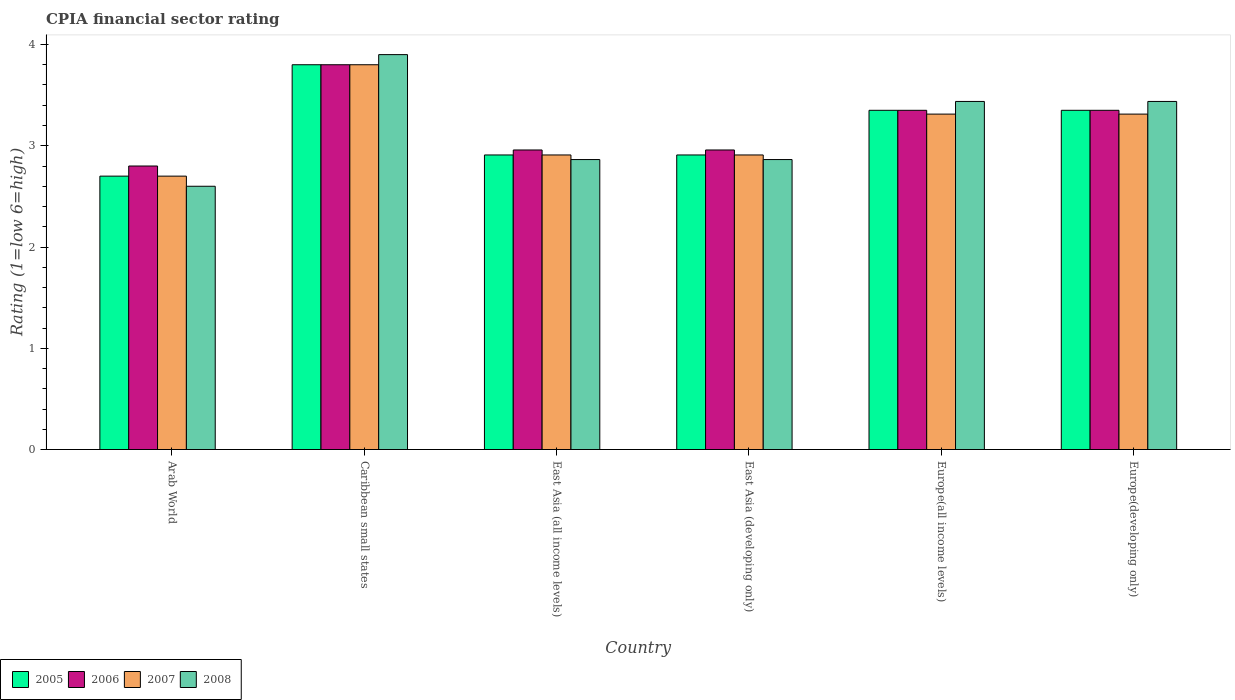
| Country | 2005 | 2006 | 2007 | 2008 |
 | --- | --- | --- | --- | --- |
 | Arab World | 2.7 | 2.8 | 2.7 | 2.6 |
 | Caribbean small states | 3.8 | 3.8 | 3.8 | 3.9 |
 | East Asia (all income levels) | 2.91 | 2.96 | 2.91 | 2.86 |
 | East Asia (developing only) | 2.91 | 2.96 | 2.91 | 2.86 |
 | Europe(all income levels) | 3.35 | 3.35 | 3.31 | 3.44 |
 | Europe(developing only) | 3.35 | 3.35 | 3.31 | 3.44 |